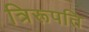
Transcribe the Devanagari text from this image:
त्रिरूपति